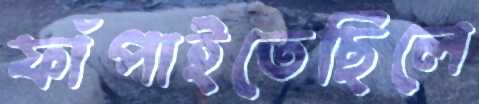
ফাঁপাইতেছিলে